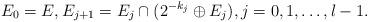
LaTeX: \begin{align*}E_0=E,E_{j+1}=E_j\cap (2^{-k_j}\oplus E_j),j=0,1,\ldots,l-1.\end{align*}